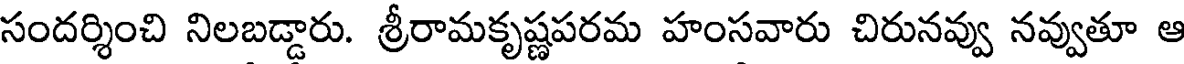
సందర్శించి నిలబడ్డారు. శ్రీరామకృష్ణపరమ హంసవారు చిరునవ్వు నవ్వుతూ ఆ